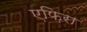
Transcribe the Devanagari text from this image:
एफ़िरा